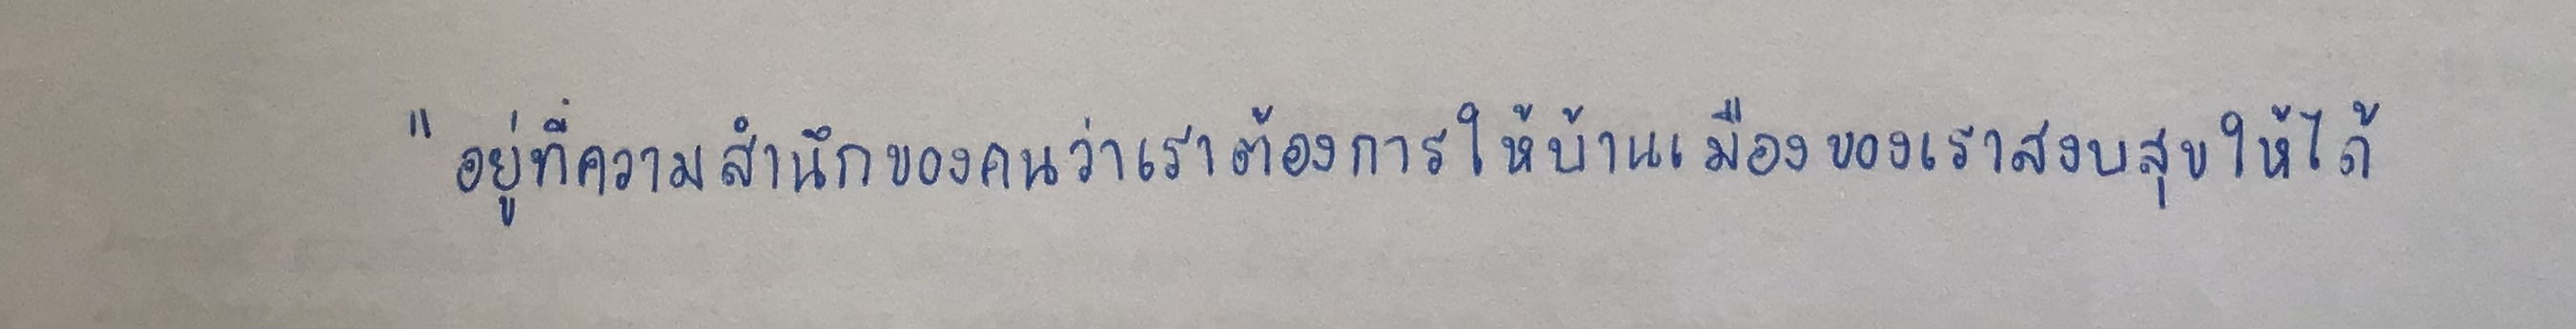
"อยู่ที่ความสำนึกของคนว่าเราต้องการให้บ้านเมืองของเราสงบสุขให้ได้